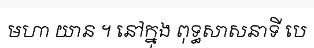
មហា យាន ។ នៅក្នុង ពុទ្ធសាសនាទី បេ